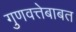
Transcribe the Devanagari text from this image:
गुणवत्तेबाबत